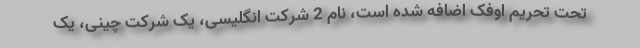
تحت تحریم اوفک اضافه شده است، نام 2 شرکت انگلیسی، یک شرکت چینی، یک